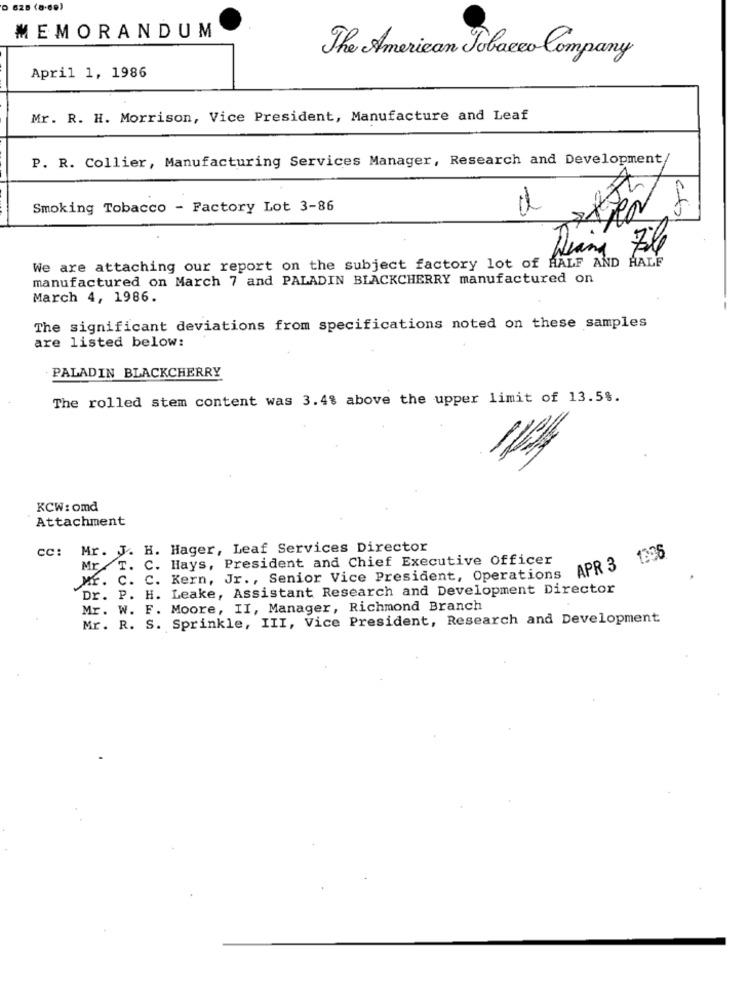
D 628 (8.69)
MEMORANDUM
The American Tobacco Company
April 1, 1986
Mr. R. H. Morrison, Vice President, Manufacture and Leaf
P. R. Collier, Manufacturing Services Manager, Research and Development
Smoking Tobacco - Factory Lot 3-86
Klang
We are attaching our report on the subject factory lot of HALF AND HALF
manufactured on March 7 and PALADIN BLACKCHERRY manufactured on
March 4, 1986.
The significant deviations from specifications noted on these samples
are listed below:
PALADIN BLACKCHERRY
The rolled stem content was 3.4% above the upper limit of 13.5%.
KCW: omd
Attachment
cc: Mr. J. H. Hager, Leaf Services Director
Mr T. C. Hays, President and Chief Executive Officer
1336
APR 3
Mr. C. C. Kern, Jr ., Senior Vice President, Operations
Dr. P. H. Leake, Assistant Research and Development Director
Mr.
W. F. Moore, II, Manager, Richmond Branch
Mr. R. S. Sprinkle, III, Vice President, Research and Development